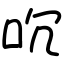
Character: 㕴